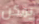
يمكن